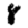
Digit: 8